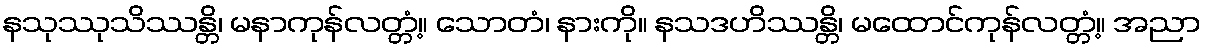
နသုဿုသိဿန္တိ၊ မနာကုန်လတ္တံ့။ သောတံ၊ နားကို။ နသဒဟိဿန္တိ၊ မထောင်ကုန်လတ္တံ့။ အညာ